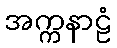
အက္ကနာဠံ